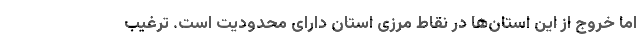
اما خروج از این استان‌ها در نقاط مرزی استان دارای محدودیت است. ترغیب